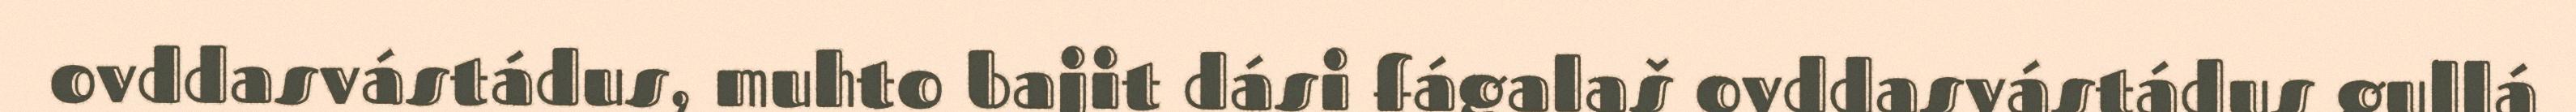
ovddasvástádus, muhto bajit dási fágalaš ovddasvástádus gullá